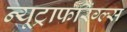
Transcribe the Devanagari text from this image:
न्यूट्राफरिंग्ल्स